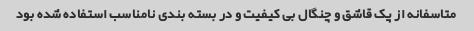
متاسفانه از پک قاشق و چنگال بی کیفیت و در بسته بندی نامناسب استفاده شده بود